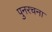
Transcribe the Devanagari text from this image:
पुनरचना